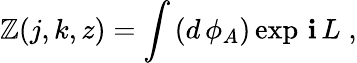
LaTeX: \mathbb{Z}(j,k,z)=\int\, (d\, \phi_{A})\exp\, \mathbf{i}\, L\; ,